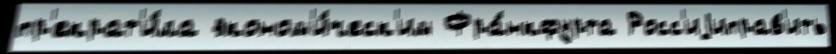
пр'екрат'и́ла эконом'и́ческ'им Фра́нкфурта Росс'иjиправ'ить